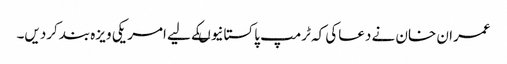
عمران خان نے دعاکی کہ ٹرمپ پاکستانیوںکے لیے امر یکی ویزہ بندکردیں۔